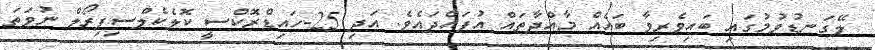
ލޭގަނޑުވުމުގައި ބައިވެރިވާ ބައެއް މާއްދާތައް އުފައްދައެވެ. އަދި 25-ހައިޑްރޮކްސީ ކޮލެކެލްސިފިރޯލް ނުވަތަ